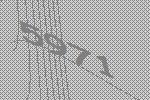
5971